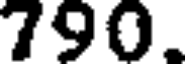
790.